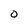
Character: O